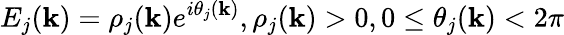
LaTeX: E_{j}({\mathbf k})=\rho_{j}({\mathbf k})e^{i\theta_{j}({\mathbf k})},\rho_{j}({\mathbf k})>0,0\le\theta_{j}({\mathbf k})<2\pi